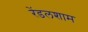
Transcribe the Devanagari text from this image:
रेंडलशाम